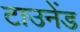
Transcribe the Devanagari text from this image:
टाउनेंड